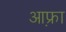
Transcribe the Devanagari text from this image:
आफ़्रा